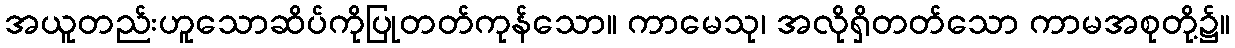
အယူတည်းဟူသောဆိပ်ကိုပြုတတ်ကုန်သော။ ကာမေသု၊ အလိုရှိတတ်သော ကာမအစုတို့၌။